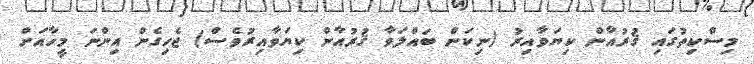
މިސްކިތުގައި ޤުރުއާން ކިޔަވާއިރު (ނިކަން ބައްލަވާ ޤުރުއާން ކިޔަވާއިރުވެސް) ޖެހިގެން އިންނަ މީހާއަށް